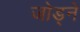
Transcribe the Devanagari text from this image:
जोड्ने